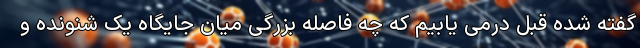
گفته شده قبل درمی یابیم که چه فاصله بزرگی میان جایگاه یک شنونده و